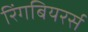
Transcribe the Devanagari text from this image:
रिंगबियरर्स